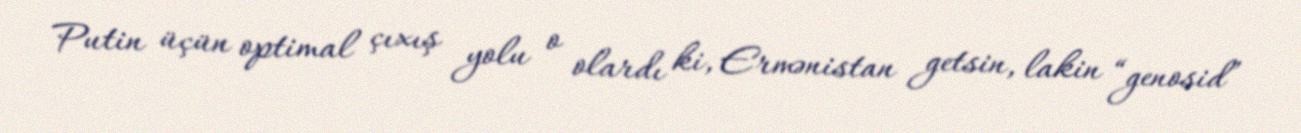
Putin üçün optimal çıxış yolu o olardı ki, Ermənistan getsin, lakin “genosid”